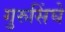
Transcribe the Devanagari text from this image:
गुरुसिंघे